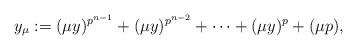
LaTeX: \begin{align*}y_{\mu}:=(\mu y)^{p^{n-1}}+(\mu y)^{p^{n-2}}+\cdots+(\mu y)^p+(\mu p),\end{align*}